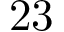
\mathrm { 2 3 }